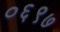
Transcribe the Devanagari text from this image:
०६९७